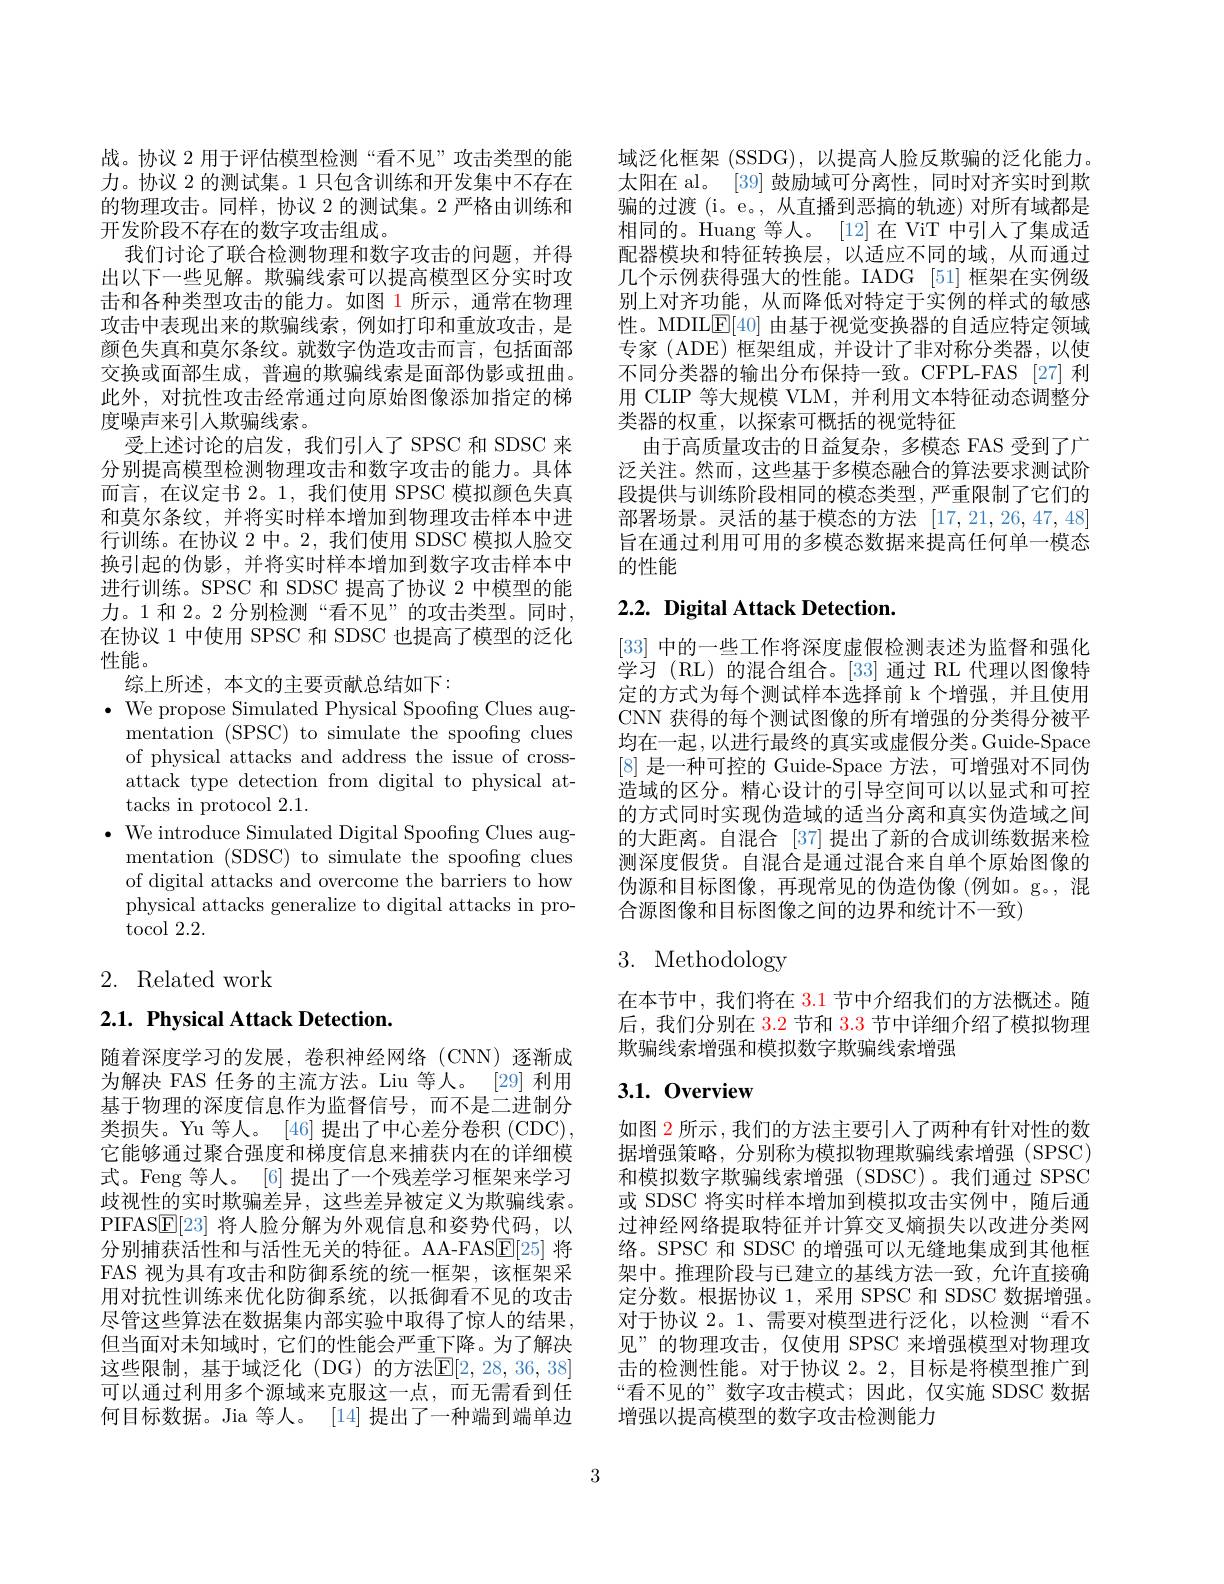
战。协议 2 用于评估模型检测“看不见”攻击类型的能力。协议 2 的测试集。1 只包含训练和开发集中不存在的物理攻击。同样，协议 2 的测试集。2 严格由训练和开发阶段不存在的数字攻击组成。
我们讨论了联合检测物理和数字攻击的问题，并得出以下一些见解。欺骗线索可以提高模型区分实时攻击和各种类型攻击的能力。如图 1 所示，通常在物理攻击中表现出来的欺骗线索，例如打印和重放攻击，是颜色失真和莫尔条纹。就数字伪造攻击而言，包括面部交换或面部生成，普遍的欺骗线索是面部伪影或扭曲。此外，对抗性攻击经常通过向原始图像添加指定的梯度噪声来引人欺骗线索。
受上述讨论的启发，我们引人了 SPSC 和 SDSC 来分别提高模型检测物理攻击和数字攻击的能力。具体而言，在议定书 2。1, 我们使用 SPSC 模拟颜色失真和莫尔条纹，并将实时样本增加到物理攻击样本中进行训练。在协议 2 中。2,我们使用 SDSC 模拟人脸交换引起的伪影，并将实时样本增加到数字攻击样本中进行训练。SPSC 和 SDSC 提高了协议 2 中模型的能力。1 和 2。2 分别检测“看不见”的攻击类型。同时， 在协议 1 中使用 SPSC 和 SDSC 也提高了模型的泛化性能。
综上所述，本文的主要贡献总结如下：
$\bullet$ We propose Simulated Physical Spoofing Clues aug-
mentation (SPSC) to simulate the spoofing clues of physical attacks and address the issue of crossattack type detection from digital to physical attacks in protocol 2.1.
$\bullet$ We introduce Simulated Digital Spoofng Clues aug-
mentation (SDSC) to simulate the spoofing clues of digital attacks and overcome the barriers to how physical attacks generalize to digital attacks in protocol 2.2.

2. Related work

2.1. Physical Attack Detection.

随着深度学习的发展，卷积神经网络(CNN)逐渐成为解决 FAS 任务的主流方法。Liu 等人。[29] 利用基于物理的深度信息作为监督信号，而不是二进制分类损失。Yu 等人。[46] 提出了中心差分卷积 (CDC), 它能够通过聚合强度和梯度信息来捕获内在的详细模式。Feng 等人。[6] 提出了一个残差学习框架来学习歧视性的实时欺骗差异，这些差异被定义为欺骗线索。PIFASE[23]将人脸分解为外观信息和姿势代码，以分别捕获活性和与活性无关的特征。AA-FAS$\underline{\mathrm{E}}[25]$将FAS 视为具有攻击和防御系统的统一框架，该框架采用对抗性训练来优化防御系统，以抵御看不见的攻击尽管这些算法在数据集内部实验中取得了惊人的结果， 但当面对未知域时，它们的性能会严重下降。为了解决这些限制，基于域泛化(DG)的方法$\mathbb{E}[2,28,36,38]$ 可以通过利用多个源域来克服这一点，而无需看到任何目标数据。Jia 等人。[14] 提出了一种端到端单边

域泛化框架 (SSDG), 以提高人脸反欺骗的泛化能力。太阳在 al。[39] 鼓励域可分离性，同时对齐实时到欺骗的过渡 (i。e。, 从直播到恶搞的轨迹) 对所有域都是相同的。Huang 等人。[12]在 ViT 中引入了集成适配器模块和特征转换层，以适应不同的域，从而通过几个示例获得强大的性能。IADG [51] 框架在实例级别上对齐功能，从而降低对特定于实例的样式的敏感性。MDIL$\underline{\mathrm{E}}[40]$由基于视觉变换器的自适应特定领域专家(ADE)框架组成，并设计了非对称分类器，以使不同分类器的输出分布保持一致。CFPL-FAS [27] 利用 CLIP 等大规模 VLM,并利用文本特征动态调整分类器的权重，以探索可概括的视觉特征
由于高质量攻击的日益复杂，多模态 FAS 受到了广泛关注。然而，这些基于多模态融合的算法要求测试阶段提供与训练阶段相同的模态类型，严重限制了它们的部署场景。灵活的基于模态的方法[17,21,26,47,48] 旨在通过利用可用的多模态数据来提高任何单一模态的性能

## 2.2. Digital Attack Detection.

[33]中的一些工作将深度虚假检测表述为监督和强化学习 (RL)的混合组合。[33] 通过 RL 代理以图像特定的方式为每个测试样本选择前 k 个增强，并且使用CNN 获得的每个测试图像的所有增强的分类得分被平均在一起，以进行最终的真实或虚假分类。Guide-Space [8]是一种可控的 Guide-Space 方法，可增强对不同伪造域的区分。精心设计的引导空间可以以显式和可控的方式同时实现伪造域的适当分离和真实伪造域之间的大距离。自混合 [37] 提出了新的合成训练数据来检测深度假货。自混合是通过混合来自单个原始图像的伪源和目标图像，再现常见的伪造伪像(例如。g。,混合源图像和目标图像之间的边界和统计不一致)

# 3. Methodology

在本节中，我们将在 3.1 节中介绍我们的方法概述。随后，我们分别在$\color{red}{3.2}$节和$\color{red}{3.3}$节中详细介绍了模拟物理欺骗线索增强和模拟数字欺骗线索增强

## 3.1.0verview

如图 2 所示 , 我们的方法主要引人了两种有针对性的数据增强策略，分别称为模拟物理欺骗线索增强(SPSC) 和模拟数字欺骗线索增强(SDSC)。我们通过 SPSC 或 SDSC 将实时样本增加到模拟攻击实例中，随后通过神经网络提取特征并计算交叉熵损失以改进分类网络。SPSC 和 SDSC 的增强可以无缝地集成到其他框架中。推理阶段与已建立的基线方法一致，允许直接确定分数。根据协议 1, 采用 SPSC 和 SDSC 数据增强。对于协议2。1、需要对模型进行泛化，以检测“看不见”的物理攻击，仅使用 SPSC 来增强模型对物理攻击的检测性能。对于协议 2。2, 目标是将模型推广到“看不见的”数字攻击模式；因此，仅实施 SDSC 数据增强以提高模型的数字攻击检测能力

3